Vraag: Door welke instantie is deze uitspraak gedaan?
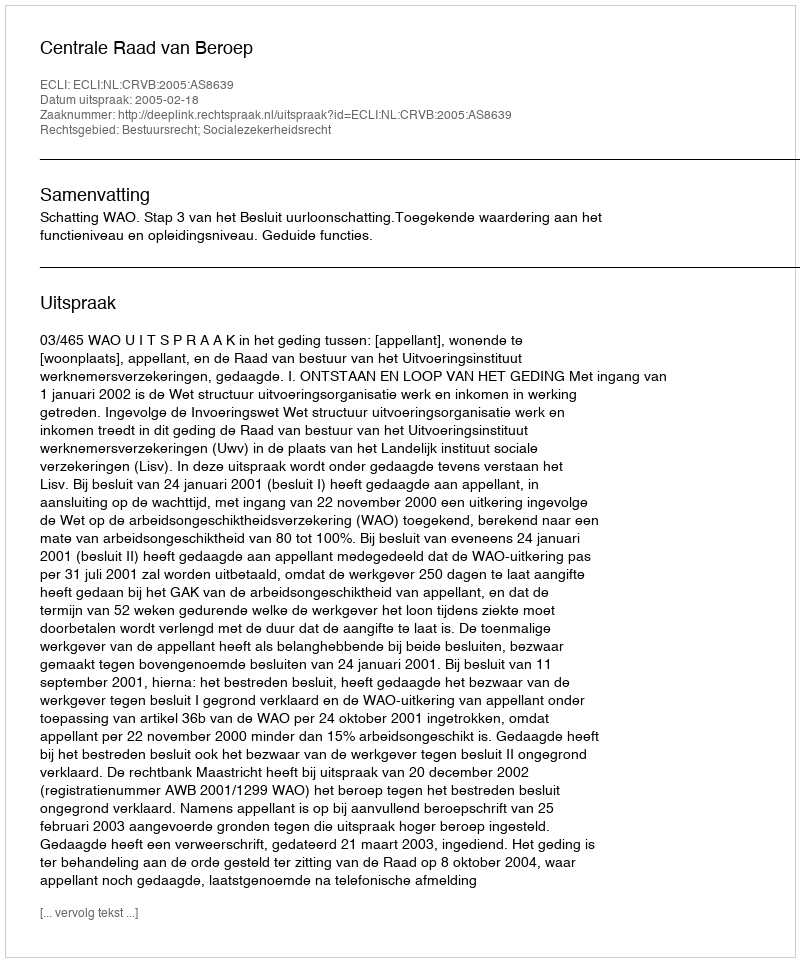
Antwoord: Centrale Raad van Beroep